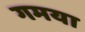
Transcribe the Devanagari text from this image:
गमया